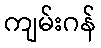
ကျမ်းဂန်